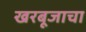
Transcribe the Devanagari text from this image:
खरबूजाचा